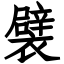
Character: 襞